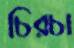
চিরচা